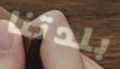
بلدتنا